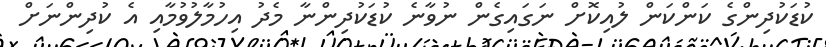
ކުޑަކުދިންގެ ކަންކަން ލުއިކޮށް ނަގައިގެން ނުވާނެ ކުޑަކުދިންނާ މެދު އިހުމާލުވުމާއި އެ ކުދިންނަށް